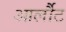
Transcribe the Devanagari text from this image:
आर्लौट